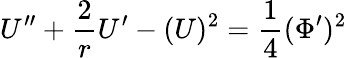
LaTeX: U^{\prime\prime}+\frac{2}{r}U^{\prime}-(U)^{2}={\frac{1}{4}}(\Phi^{\prime})^{2}